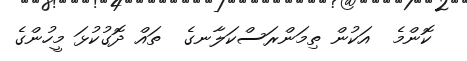
ކޮންމެ  އަކުން ތިމަންރަސްކަލާނގެ  ތައް ދޮގުކުޅަ މީހުންގެ